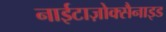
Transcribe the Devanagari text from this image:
नाईटाज़ोक्सैनाइड